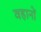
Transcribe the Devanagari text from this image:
वहानों